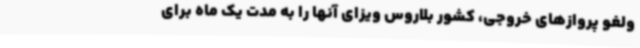
ولغو پروازهای خروجی، کشور بلاروس ویزای آنها را به مدت یک ماه برای